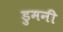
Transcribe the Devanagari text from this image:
डुमनी